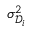
\sigma _ { \mathcal { D } _ { i } } ^ { 2 }